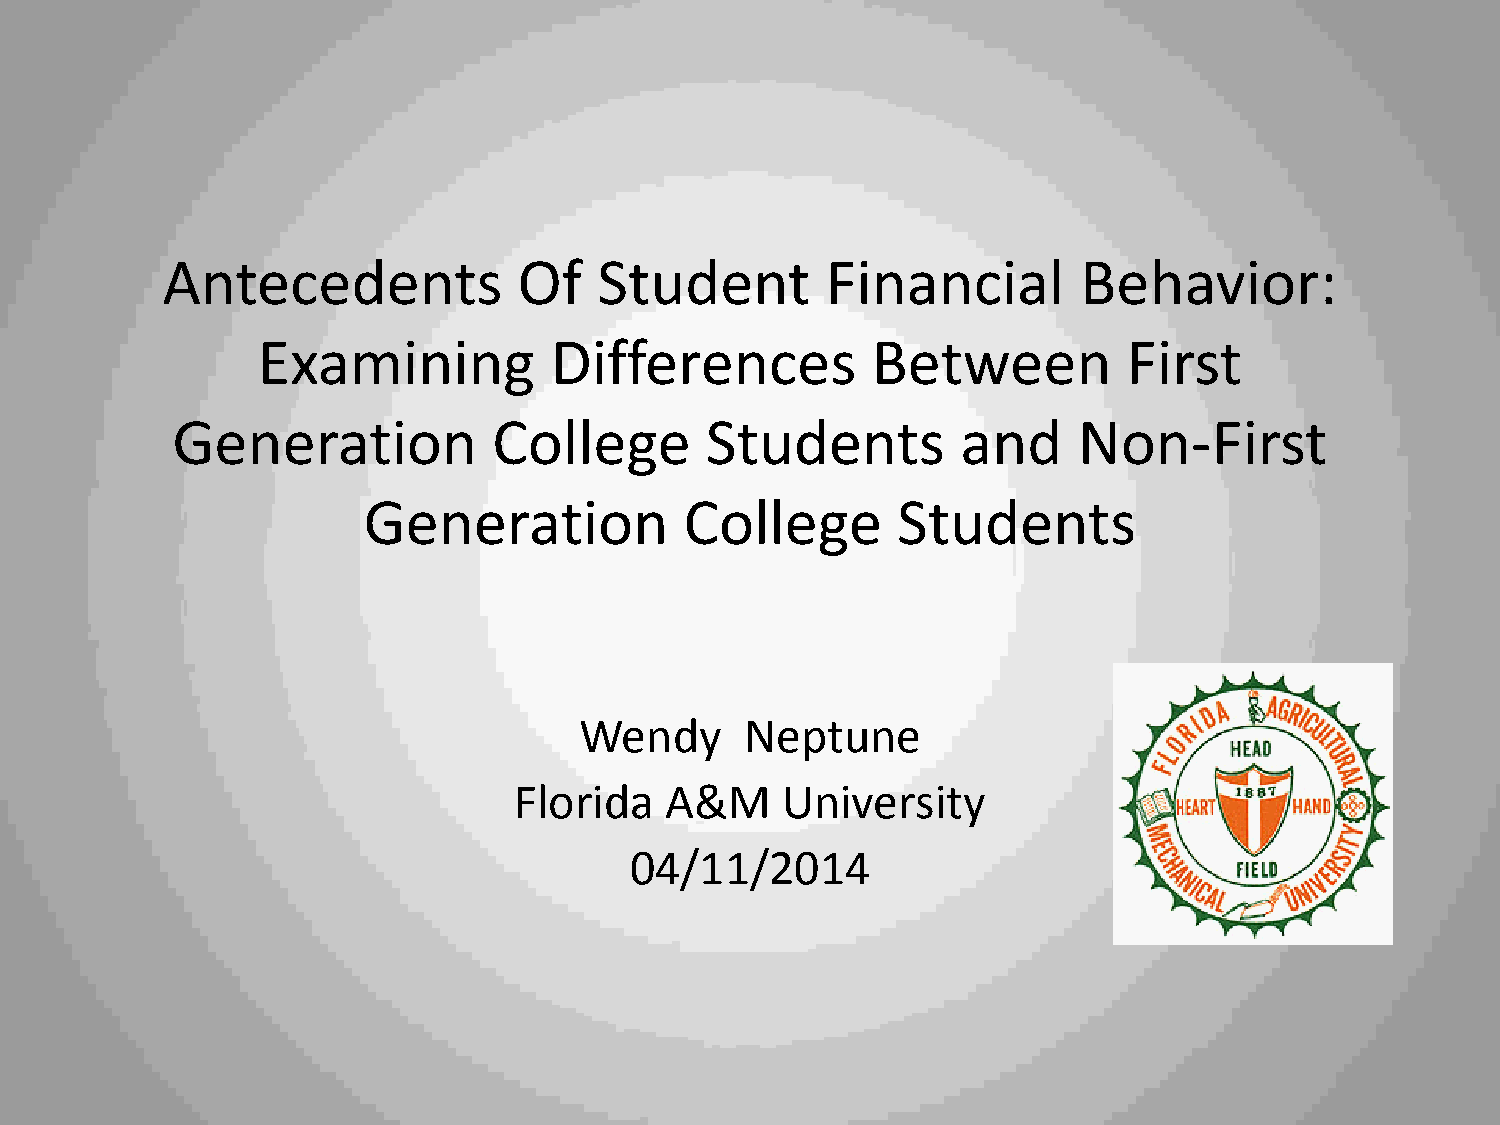
Antecedents            Of    Student        Financial        Behavior:
 Examining          Differences           Between          First
 Generation            College       Students         and    Non-First
 Generation           College       Students
 Wendy      Neptune
 Florida   A&M     University
 04/11/2014